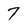
Character: 7